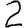
Digit: 2